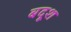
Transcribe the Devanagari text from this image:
बदूश